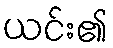
ယင်း၏